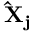
\mathbf { \hat { X } _ { j } }